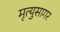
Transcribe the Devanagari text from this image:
मृत्युसागर